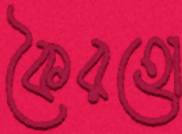
কৈরহো